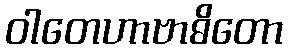
ဝါတေဟာဗာဓိတော